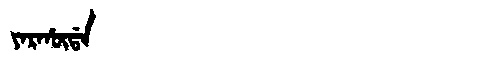
Manchu: ᠶᠠᡵᡥᡡᡩᠠ
Romanization: YARHŪDA